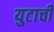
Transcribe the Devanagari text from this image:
युटाची